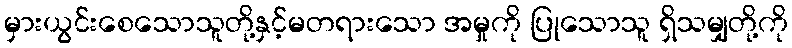
မှားယွင်းစေသောသူတို့နှင့်မတရားသော အမှုကို ပြုသောသူ ရှိသမျှတို့ကို